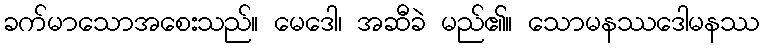
ခက်မာသောအစေးသည်။ မေဒေါ၊ အဆီခဲ မည်၏။ သောမနဿဒေါမနဿ